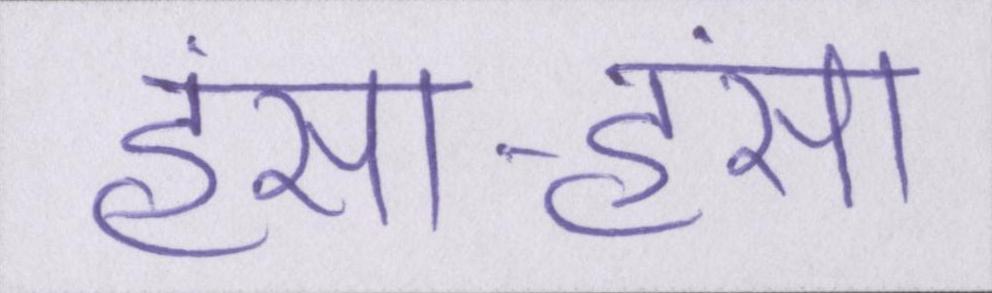
हंसा-हंसा